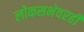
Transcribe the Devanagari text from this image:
लोकसभेवरही